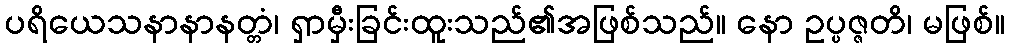
ပရိယေသနာနာနတ္တံ၊ ရှာမှီးခြင်းထူးသည်၏အဖြစ်သည်။ နော ဥပ္ပဇ္ဇတိ၊ မဖြစ်။